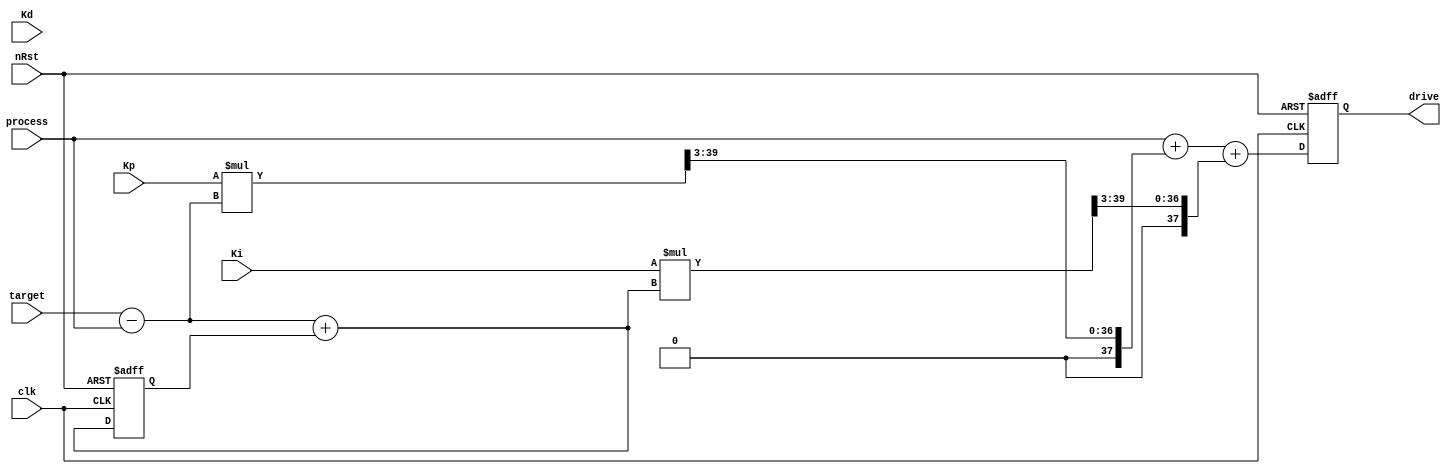
/*module pid(
	input clk,
	input rst_n,
	input [63:0]current_value, 
	input [63:0]desired_value,
	output [63:0] output_value

);
parameter ki = 4; //kp = 0.04
parameter kp = 4; //ki = 0.04
parameter kd = 0; //kd = 0

wire [63:0] current_error;
reg [63:0] past_error;
reg [63:0] past_past_error;

reg[63:0] pout,iout,dout;
reg[63:0] delta;
reg[63:0] delta_out;

	p_term = error * m_conf->s_pid_kp * (1.0 / 20.0);
	i_term += error * (m_conf->s_pid_ki * dt) * (1.0 / 20.0);
	d_term = (error - prev_error) * (m_conf->s_pid_kd / dt) * (1.0 / 20.0);
	
	pid->pout = pid->p * (pid->err[NOW] - pid->err[LAST]);
	pid->iout = pid->i * pid->err[NOW];
	pid->dout = pid->d * (pid->err[NOW] - 2 * pid->err[LAST] + pid->err[LLAST]);

	pid->delta_u   = pid->pout + pid->iout + pid->dout;
	pid->delta_out += pid->delta_u;
	abs_limit(&(pid->delta_out), pid->MaxOutput);
	
assign current_error = desired_value - current_value;
	
	

always@(posedge clk or negedge rst_n)
	if(!rst_n)
		begin
			past_error <= 64'd0;
			past_past_error <= 64'd0;
		end
	else 
		begin
			past_error <= current_error;
			past_past_error <= past_error;
		end

always@(posedge clk or negedge rst_n)
	if(!rst_n)
		begin
			pout <= 64'd0;
			iout <= 64'd0;
			dout <= 64'd0;
		end
	else
		begin
			pout <= kp * (current_error - past_error);
			iout <= ki*current_error;
			dout <= kd*(current_error - 2* past_error + past_past_error);
			delta <= pout + iout + dout;
			delta_out <= delta;
		end
assign output_value = delta_out + current_value;			
endmodule	*/	

//The following is without d_term
module pid(
	input	clk,
	input	nRst,
	input    wire  signed   [31:0]   target,
    input    wire  signed   [31:0]   process,
    input    wire  signed   [31:0]   Kp,// need to prescale to a much lower level
    input    wire  signed   [31:0]   Ki,
    input    wire  signed   [31:0]   Kd,
	output   reg   signed   [39:0]   drive//byte
);
//pid
   wire  signed   [31:0]   error;
   wire  signed   [31:0]   int_error_new;
   reg   signed   [31:0]   int_error_old;

   assign error = target - process;
   assign int_error_new = error + int_error_old;

	always@(posedge clk or negedge nRst) begin
		if(!nRst) begin
	     drive          <= 32'd0;	
         int_error_old  <= 32'd0;
		end 
		else begin 
         drive <= process + ((Kp*error)>> 3) + ((Ki*int_error_new)>> 3);
         int_error_old <= int_error_new;
		end
	end
endmodule